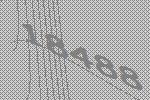
18488